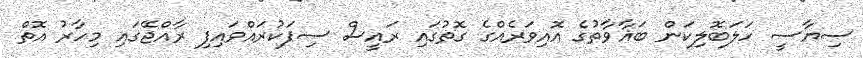
ސިޔާސީ ހަލަބޮލިކަން ބަޣާވާތުގެ އޮއިވަރެއްގެ ގޮތުގައި ރައީސް ސިފަކުރައްވައިފި ރާއްޖޭގައި މިހާރު އޮތް